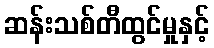
ဆန်းသစ်တီထွင်မှုနှင့်